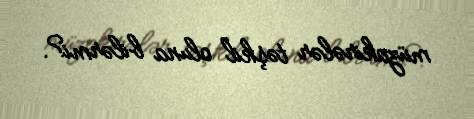
müzakirələr təşkil oluna bilərmi?.